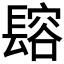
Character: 𨲟